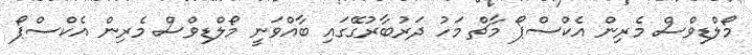
މޯލްޑިވްސް މެރިން އެކްސްޕޯ މާޗް މަހު ދަރުބާރުގޭގައި ބާއްވަނީ މޯލްޑިވްސް މެރިން އެކްސްޕޯ